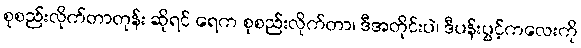
စုစည်းလိုက်တာတုန်း ဆိုရင် ရေက စုစည်းလိုက်တာ၊ ဒီအတိုင်းပဲ၊ ဒီပန်းပွင့်ကလေးကို